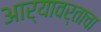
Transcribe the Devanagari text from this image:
आर्यावर्ताचा